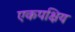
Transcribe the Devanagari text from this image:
एकपक्षिय